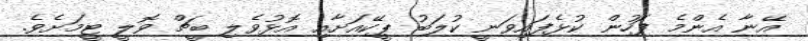
އޭނާ އެންމެ ފަހުން ކުޅެފައިވަނީ ކުލަބު ޕީކޭއަށާއި އޮޅުވެލި ބީޗް ވޮލީ ޓީމަށެވެ.